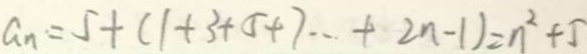
a _ { n } = 5 + ( 1 + 3 + 5 + 7 \cdots + 2 n - 1 ) = n ^ { 2 } + 5